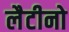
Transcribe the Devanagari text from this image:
लैटीनो